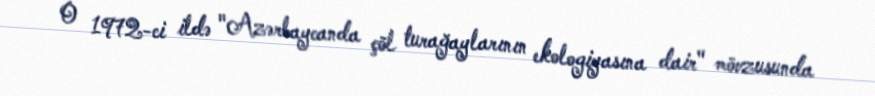
O 1972-ci ildə "Azərbaycanda çöl turağaylarının ekologiyasına dair" mövzusunda